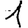
Digit: 1